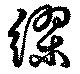
繆